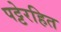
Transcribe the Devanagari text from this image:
पट्टेरहित